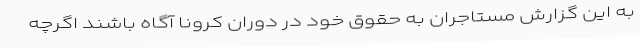
به این گزارش مستاجران به حقوق خود در دوران کرونا آگاه باشند اگرچه